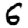
Digit: 6